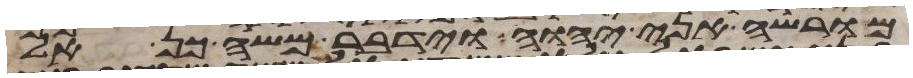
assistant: מורשה אני יהוה וידבר משה כן